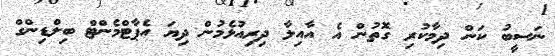
ނަސީބު ކަން ދިމާކުރި ގޮތުން އެ އާއިލާ ދިރިއުޅެމުން ދިޔަ އެޕާޓްމެންޓް ބިލްޑިންގް